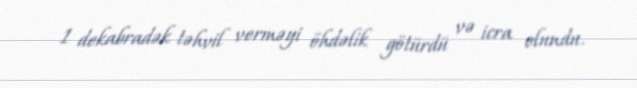
1 dekabradək təhvil verməyi öhdəlik götürdü və icra olundu.